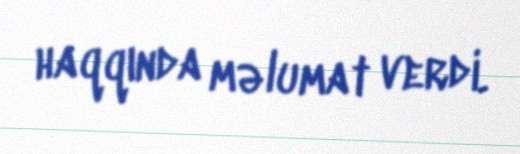
haqqında məlumat verdi.